Account of plague administration in the Bombay Presidency from September 1896 till May 1897
Year: 1896
Disease focus: Plague
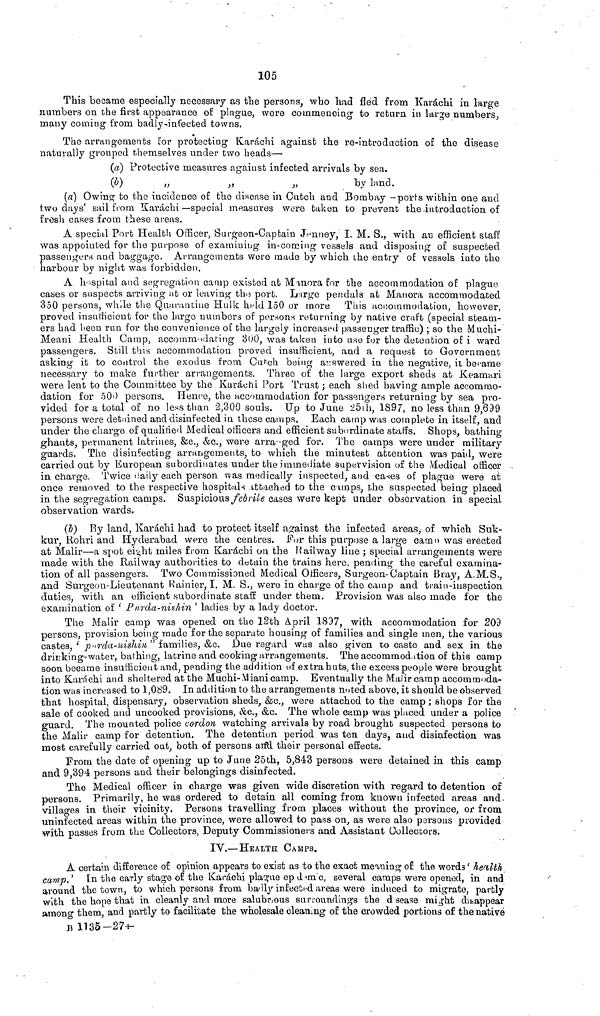
10δ
This became especially necessary as the persons, who had fled from Karachi in large
numbers on the first appearance of plague, were commencing to return in large numbers,
many coming from badly-infected towns.
The arrangements for protecting Karachi against the re-introdaction of the disease
naturally grouped themselves under two heads—
(a) Protective measures against infected arrivals by sea.
(b)
"
"
"
by land.
(a) Owing to the incidence of the disease in Catch and Bombay —port's within one and
two clays' sail from Karachi —special measures were taken to prevent the introduction of
fresh cases from these areas.
A special Port Health Officer, Surgeon-Captain Jenney, I. M. S., with an efficient staff
was appointed for the purpose of examining in-coming vessels and disposing of suspected
passengers and baggage. Arrangements were made by which the entry of vessels into the
harbour by night was forbidden.
A hospital and segregation camp existed at Manora for the accommodation of plague
cases or suspects arriving at or leaving the port. Large pendais at Manora accommodated
350 persons, while the Quarantine Hulk held 150 or more This accommodation, however,
proved insufficient for the largo numbers of persons returning by native craft (special steam-
ers had been run for the convenience oí the largely increased passenger traffic) ; so the Muchi-
Meani Health Camp, accommodating 300, was taken into use for the detention of i ward
passengers. Still this accommodation proved insufficient, and a request to Government
asking it to control the exodus from Cutch being answered in the negative, il became
necessary to make further arrangements. Three of the large export sheds at Keamari
were lent to the Committee by the Karachi Port Trust; each shed having ample accommo-
dation for 500 persons. Hence, the accommodation for passengers returning by sea pro-
vided for a total of no less than 2,300 souls. Up to June 25th, 1897, no less than 9,699
persons were detained and disinfected in these camps. Each camp was complete in itself, and
under the charge of qualified Medical officers and efficient subordinate staffs. Shops, bathing
ghauts, permanent latrines, &c., &c., were arranged for. The camps were under military
guards. The disinfecting arrangements, to which the minutest attention was paid, were
carried out by European subordinates under the immediate supervision of the Medical officer
in charge. Twice daily each person was medically inspected, and cases of plague were at
once removed to the respective hospitals attached to the Camps, the suspected being placed
in the segregation camps. Suspicious febrile cases were kept under observation in special
observation wards.
(b) By land, Karachi had to protect itself against the infected areas, of which Suk-
kur, Rohri and Hyderabad were the centres. For this purpose a large came was erected
at Malir—a spot eight miles from Karachi on the Railway line ; special arrangements were
made with the Railway authorities to detain the trains here. pending the careful examina-
tion of all passengers. Two Commissioned Medical Officers, Surgeon-Captain Bray, A.M.S.,
and Surgeon-Lieutenant Rainier, I. M. S., were in charge of the camp and train-inspection
duties, with an efficient subordinate staff under them. Provision was also made for the
examination of ' Ρurda-nishin ' ladies by a lady doctor.
The Malir camp was opened on the 12th April 1897, with accommodation for 209
persons, provision being made for the separate housing of families and single men, the various
castes, ' pinda-nishin " families, &c. Due regard was also given to caste and sex in the
drirking-water, bathing, latrine and cooking arrangements. The accommodation of this camp
soon became insufficient and, pending the addition of extra huts, the excess people were brought
into Karachi and sheltered at the Muchi-Miani camp. Eventually the Malir camp accommoda-
tion was increased to 1,089. In addition to the arrangements noted above, it should be observed
that hospital, dispensary, observation sheds, &c., were attached to the camp ; shops for the
sale of cooked and uncooked provisions, &c., &c. The whole camp was placed under a police
guard. The mounted police cordon watching arrivals by road brought suspected persons to
the Malir camp for detention. The detention period was ten days, and disinfection was
most carefully carried out, both of persons and their personal effects.
From the date of opening up to June 25th, 5,843 persons were detained in this camp
and 9,394 persons and their belongings disinfected.
The Medical officer in charge was given wide discretion with regard to detention of
persons. Primarily, he was ordered to detain all coming from known infected areas and
villages in their vicinity. Persons travelling from places without the province, or from.
uninfected areas within the province, were allowed to pass on, as were also persons provided
with passes from the Collectors, Deputy Commissioners and Assistant Collectors.
IV.—HEALTH CAMPS.
A certain difference of opinion appears to exist as to the exact meaning of the words ' health
camp.' In the early stage of the Karachi plague ep dem'c, several camps were opened, in and
around the town, to which persons from badly infected areas were induced to migrate, partly
with the hope that in cleanly and more salubrious surroundings the d sease might disappear
amono them, and partly to facilitate the wholesale cleaning of the crowded portions of the native
Β 1135-27+